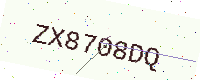
Text: ZX8708DQ